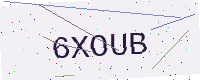
Text: 6XOUB